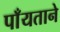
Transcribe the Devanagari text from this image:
पाँयताने